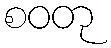
စဝတု